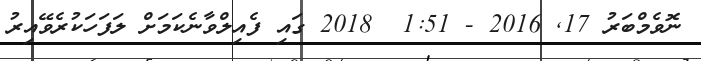
ނޮވެމްބަރު 17